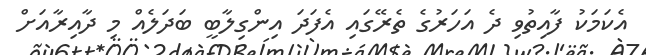
އެކަމަކު ފާއިތުވި ދެ އަހަރުގެ ތެރޭގައި އެފަދަ އިންގިލާބީ ބަދަލެއް މި ދާއިރާއަށް